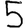
Digit: 5